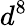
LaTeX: d^{8}